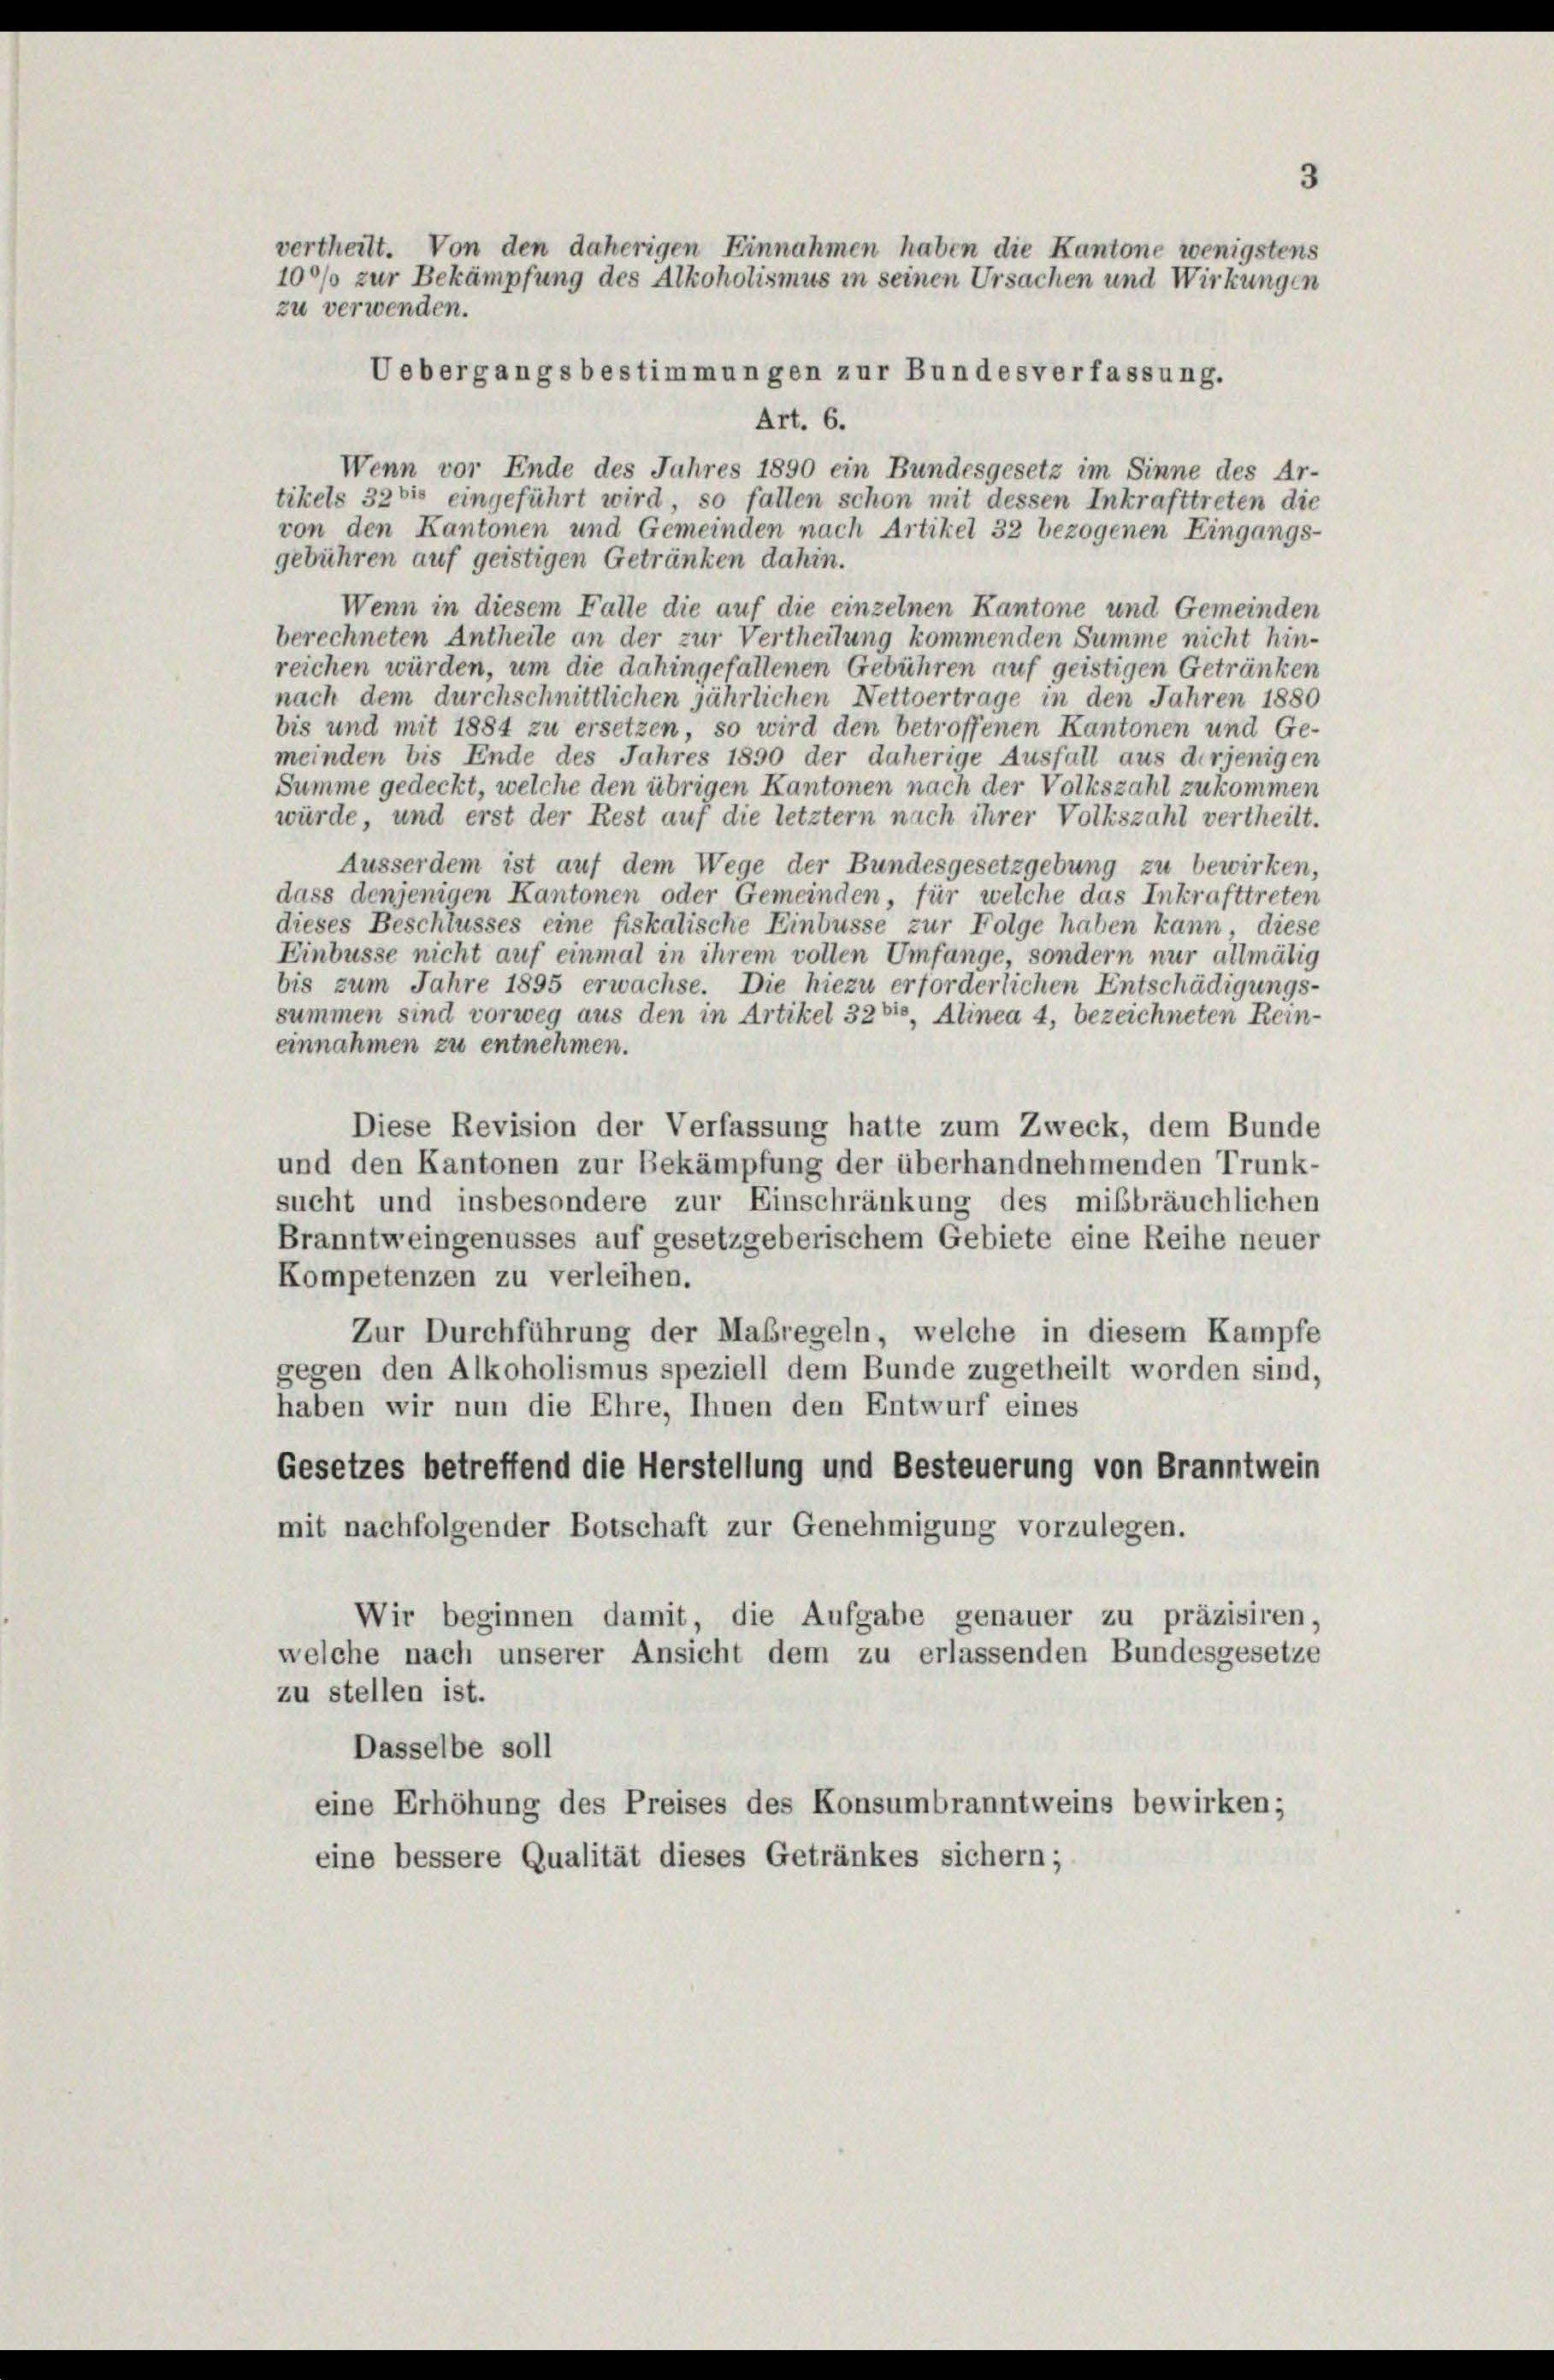
3
vertheilt. Von den daherigen Einnahmen haben die Kantone wenigstens
100% zur Bekämpfung des Alkoholismus in seinen Ursachen und Wirkungen
zu verwenden.
Uebergangsbestimmungen zur Bundesverfassung.

Art. 6.
Wenn vor Ende des Jahres 1890 ein Bundesgesetz im Sinne des Ar-
tikels 32 bis eingeführt wird, so fallen schon mit dessen Inkrafttreten die
von den Kantonen und Gemeinden nach Artikel 32 bezogenen Eingangs-
gebühren auf geistigen Getränken dahin.
Wenn in diesem Falle die auf die einzelnen Kantone und Gemeinden
berechneten Antheile an der zur Vertheilung kommenden Summe nicht hin-
reichen würden, um die dahingefallenen Gebühren auf geistigen Getränken
nach dem durchschnittlichen jährlichen Nettoertrage in den Jahren 1880
bis und mit 1884 zu ersetzen, so wird den betroffenen Kantonen und Ge-
meinden bis Ende des Jahres 1890 der daherige Ausfall aus derjenigen
Summe gedeckt, welche den übrigen Kantonen nach der Volkszahl zukommen
würde, und erst der Rest auf die letztem nach ihrer Volkszahl vertheilt.
Ausserdem ist auf dem Wege der Bundesgesetzgebung zu bewirken,
dass denjenigen Kantonen oder Gemeinden, für welche das Inkrafttreten
dieses Beschlusses eine fiskalische Einbusse zur Folge haben kann, diese
Einbüsse nicht auf einmal in ihrem vollen Umfange, sondern nur allmälig
bis zum Jahre 1895 erwachse. Die hiezu erforderlichen Entschädigungs-
summen sind vorweg aus den in Artikel 320, Alinea 4, bezeichneten Rein-
einnahmen zu entnehmen.
Diese Revision der Verfassung hatte zum Zweck, dem Bunde
und den Kantonen zur Bekämpfung der überhandnehmenden Trunk-
sucht und insbesondere zur Einschränkung des mißbräuchlichen
Branntweingenusses auf gesetzgeberischem Gebiete eine Reihe neuer
Kompetenzen zu verleihen.
Zur Durchführung der Maßregeln, welche in diesem Kampfe
gegen den Alkoholismus speziell dem Bunde zugetheilt worden sind,
haben wir nun die Ehre, Ihnen den Entwurf eines
Gesetzes betreffend die Herstellung und Besteuerung von Branntwein
mit nachfolgender Botschaft zur Genehmigung vorzulegen.
Wir beginnen damit, die Aufgabe genauer zu präzisiren,
welche nach unserer Ansicht dem zu erlassenden Bundesgesetze
zu stellen ist.
Dasselbe soll
eine Erhöhung des Preises des Konsumbranntweins bewirken;
eine bessere Qualität dieses Getränkes sichern;